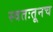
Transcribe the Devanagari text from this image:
स्वतःतूनच